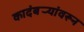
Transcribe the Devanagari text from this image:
कादंबर्‍यांवरून